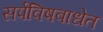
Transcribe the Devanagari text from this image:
सर्पविषबाधेत